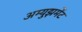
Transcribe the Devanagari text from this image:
अम्युझमेंट